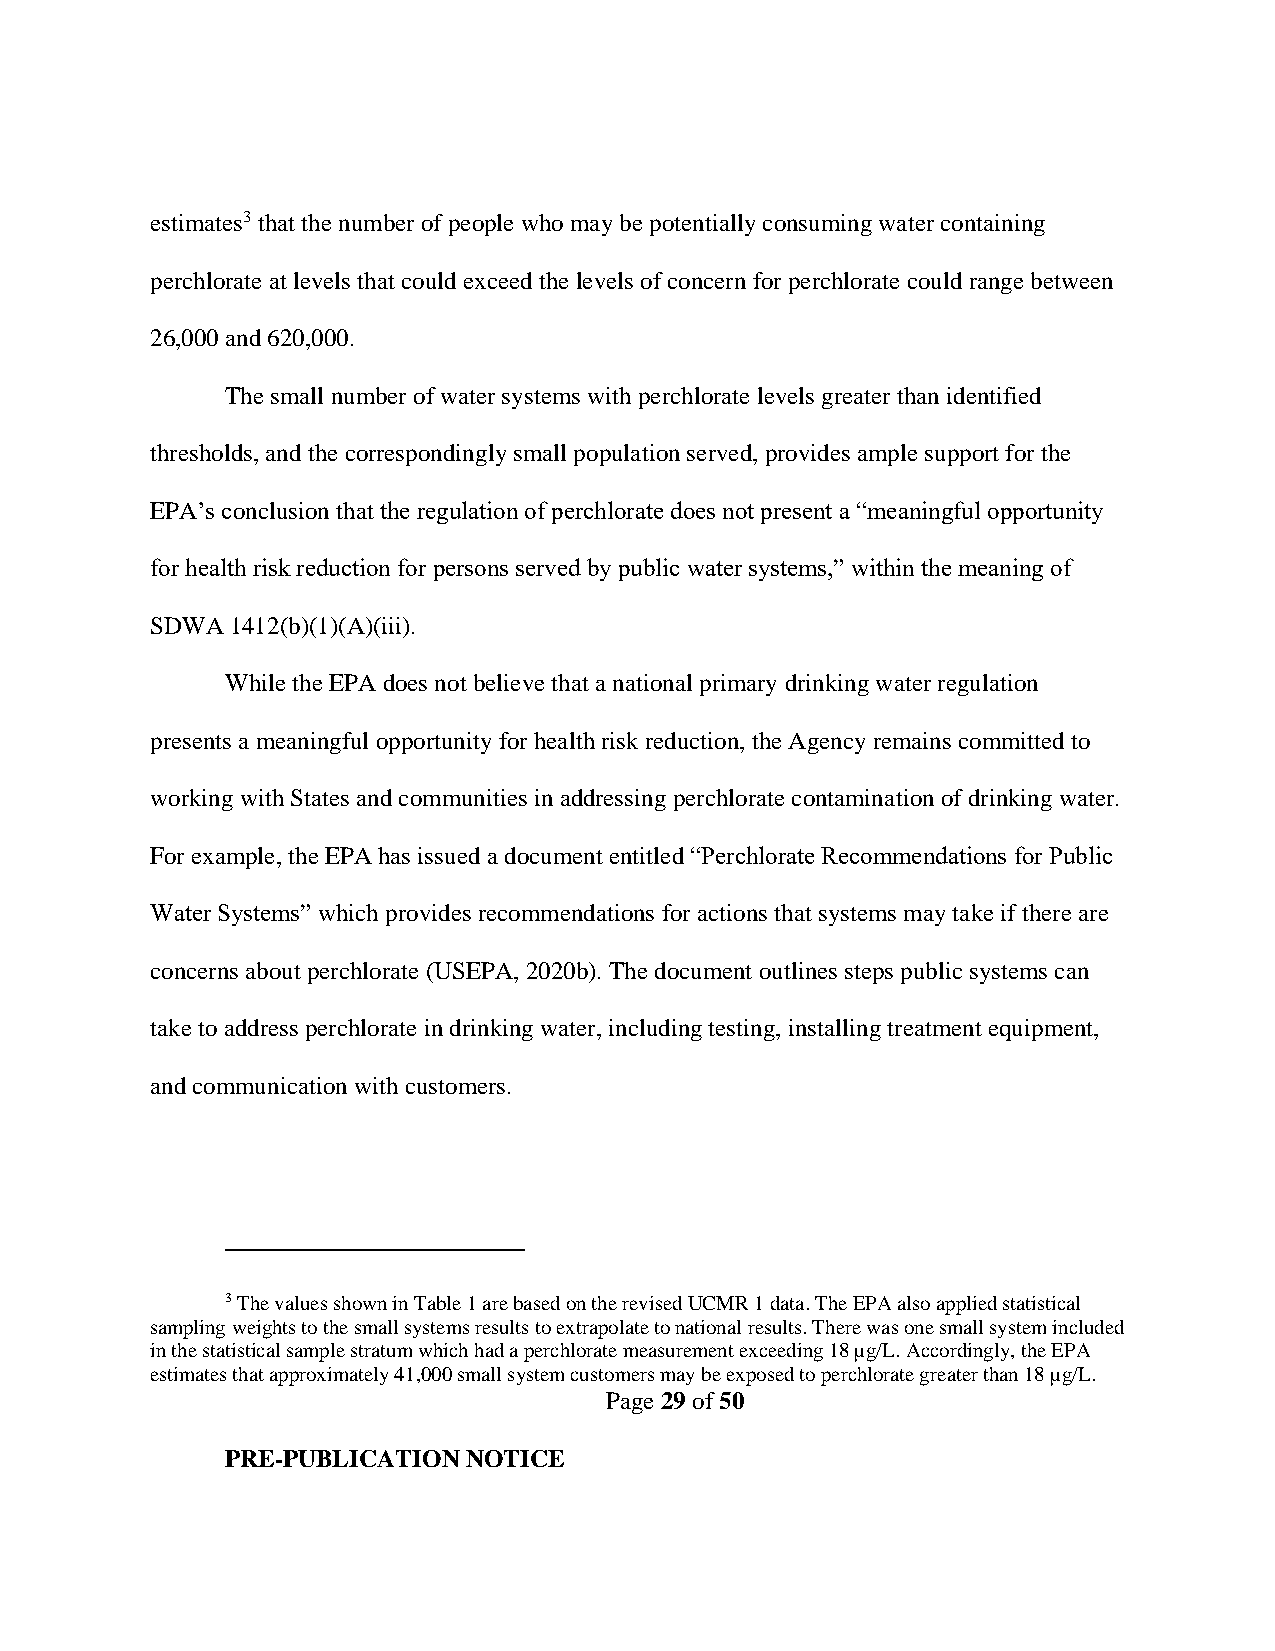
estimates3 that the number of people who may be potentially consuming water containing
 perchlorate at levels that could exceed the levels of concern for perchlorate could range between
 26,000 and 620,000.
 The small number of water systems with perchlorate levels greater than identified
 thresholds, and the correspondingly small population served, provides ample support for the
 EPA’s conclusion that the regulation of perchlorate does not present a “meaningful opportunity
 for health risk reduction for persons served by public water systems,” within the meaning of
 SDWA 1412(b)(1)(A)(iii).
 While the EPA does not believe that a national primary drinking water regulation
 presents a meaningful opportunity for health risk reduction, the Agency remains committed to
 working with States and communities in addressing perchlorate contamination of drinking water.
 For example, the EPA has issued a document entitled “Perchlorate Recommendations for Public
 Water Systems” which provides recommendations for actions that systems may take if there are
 concerns about perchlorate (USEPA, 2020b). The document outlines steps public systems can
 take to address perchlorate in drinking water, including testing, installing treatment equipment,
 and communication with customers.
 3 The values shown in Table 1 are based on the revised UCMR 1 data. The EPA also applied statistical
 sampling weights to the small systems results to extrapolate to national results. There was one small system included
 in the statistical sample stratum which had a perchlorate measurement exceeding 18 µg/L. Accordingly, the EPA
 estimates that approximately 41,000 small system customers may be exposed to perchlorate greater than 18 µg/L.
 Page 29 of 50
 PRE-PUBLICATION NOTICE